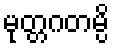
မုတ္တဂတမ္ပိ